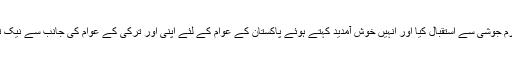
ترک وزیراعظم نے وزیراعلیٰ کا انتہائی گرم جوشی سے استقبال کیا اور اُنہیں خوش آمدید کہتے ہوئے پاکستان کے عوام کے لئے اپنی اور ترکی کے عوام کی جانب سے نیک تمناﺅں اور بھرپور دلی جذبات کا اظہار کیا۔